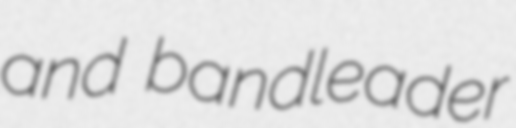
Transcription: and bandleader